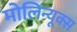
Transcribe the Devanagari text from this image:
मोलिन्यूक्स